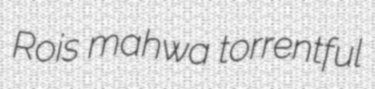
Rois mahwa torrentful